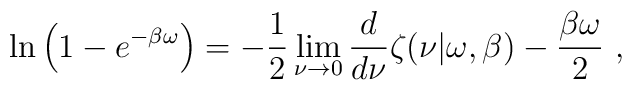
\ln\left(1-e^{-\beta \omega}\right)= -\frac 12\lim_{\nu\rightarrow 0}{d \over d\nu}\zeta(\nu|\omega,\beta)-{\beta \omega \over 2}~,